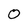
Character: 0